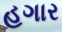
હગાર